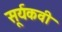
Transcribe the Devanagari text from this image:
सूर्यकवी